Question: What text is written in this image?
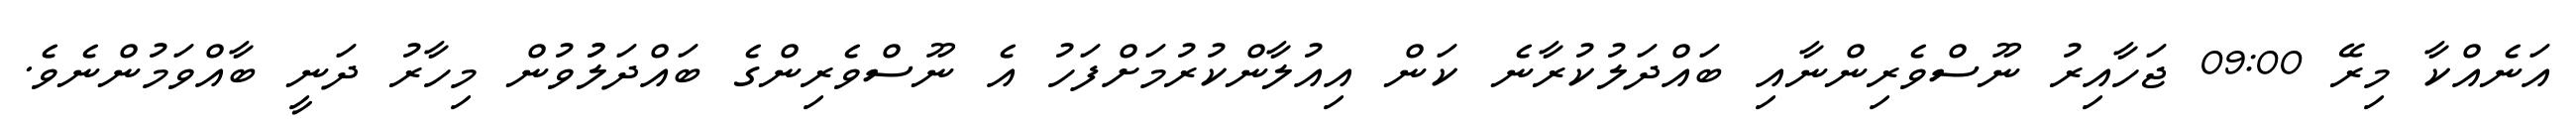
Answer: އަނެއްކާ މިރޭ 09:00 ޖަހާއިރު ނޫސްވެރިންނާއި ބައްދަލުކުރާނެ ކަން އިއުލާންކުރުމަށްފަހު އެ ނޫސްވެރިންގެ ބައްދަލުުވުން މިހާރު ދަނީ ބާއްވަމުންނެވެ.